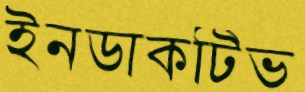
ইনডাকটিভ